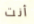
أنت